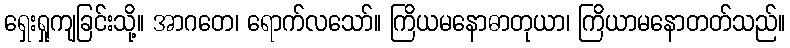
ရှေးရှုကျခြင်းသို့။ အာဂတေ၊ ရောက်လသော်။ ကြိယမနောဓာတုယာ၊ ကြိယာမနောတတ်သည်။